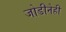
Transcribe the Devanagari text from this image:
जोडीनेही